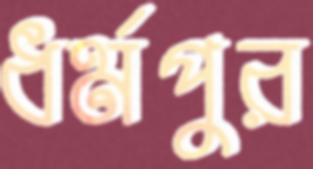
ধর্মপুর